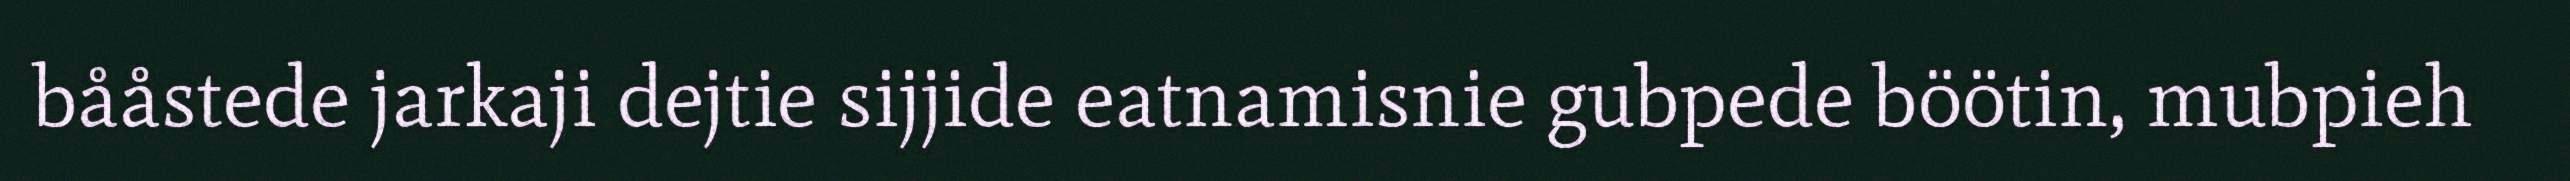
bååstede jarkaji dejtie sijjide eatnamisnie gubpede böötin, mubpieh